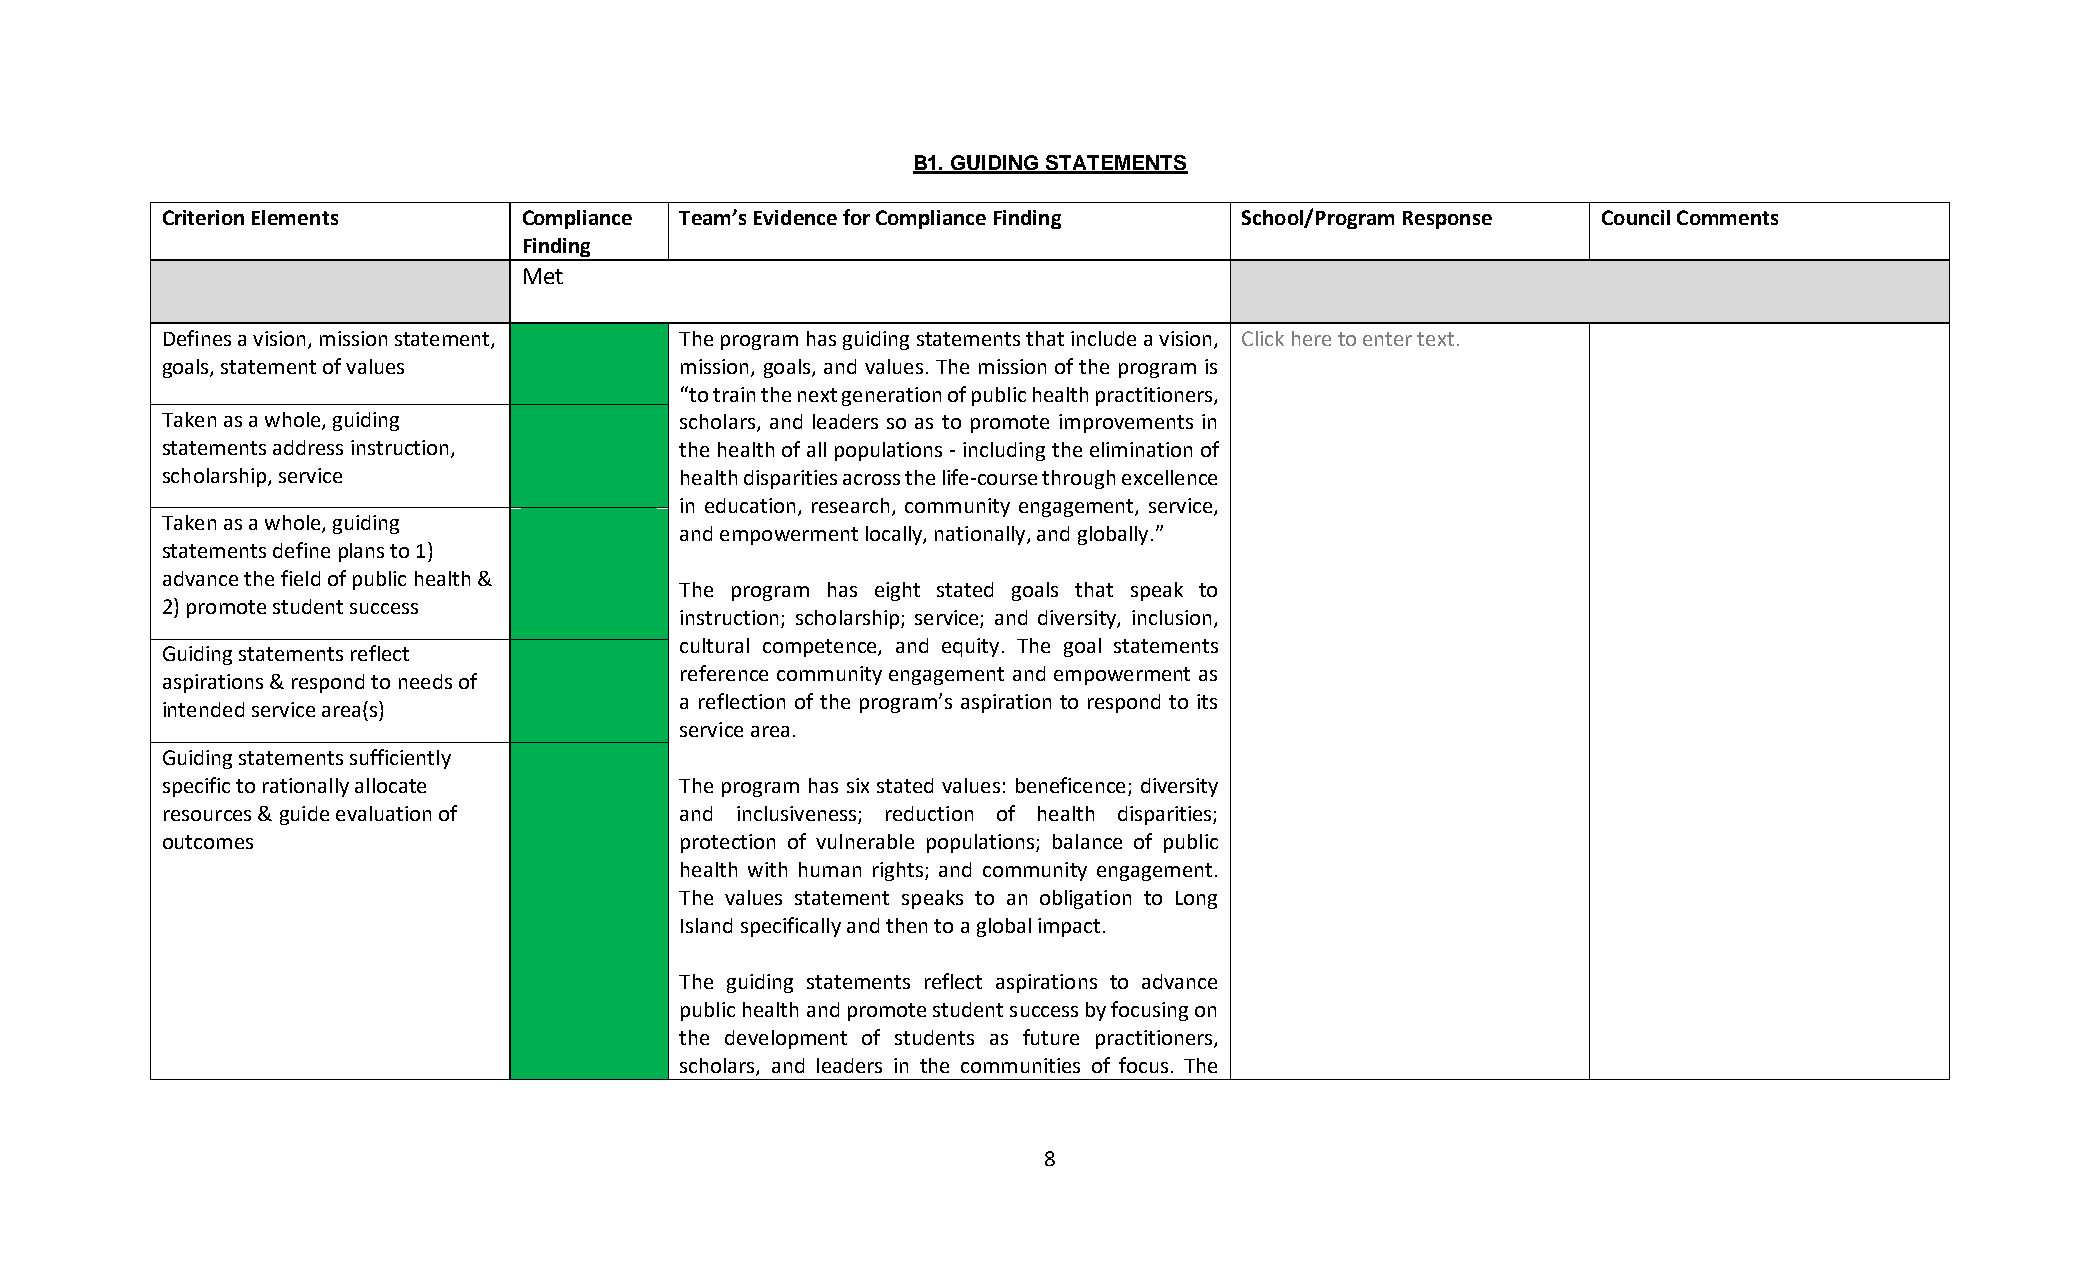
B1. GUIDING STATEMENTS
 Criterion Elements      Compliance Team’s Evidence for Compliance Finding School/Program Response Council Comments
 Finding
 Met
 Defines a vision, mission statement, The program has guiding statements that include a vision, Click here to enter text.
 goals, statement of values        mission, goals, and values. The mission of the program is
 “to train the next generation of public health practitioners,
 Taken as a whole, guiding         scholars, and leaders so as to promote improvements in
 statements address instruction,   the health of all populations - including the elimination of
 scholarship, service              health disparities across the life-course through excellence
 in education, research, community engagement, service,
 Taken as a whole, guiding
 and empowerment locally, nationally, and globally.”
 statements define plans to 1)
 advance the field of public health &
 The program has eight stated goals that speak to
 2) promote student success
 instruction; scholarship; service; and diversity, inclusion,
 cultural competence, and equity. The goal statements
 Guiding statements reflect
 reference community engagement and empowerment as
 aspirations & respond to needs of
 a reflection of the program’s aspiration to respond to its
 intended service area(s)
 service area.
 Guiding statements sufficiently
 specific to rationally allocate   The program has six stated values: beneficence; diversity
 resources & guide evaluation of   and inclusiveness; reduction of health disparities;
 outcomes                          protection of vulnerable populations; balance of public
 health with human rights; and community engagement.
 The values statement speaks to an obligation to Long
 Island specifically and then to a global impact.
 The guiding statements reflect aspirations to advance
 public health and promote student success by focusing on
 the development of students as future practitioners,
 scholars, and leaders in the communities of focus. The
 8